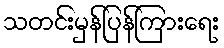
သတင်းမှန်ပြန်ကြားရေး